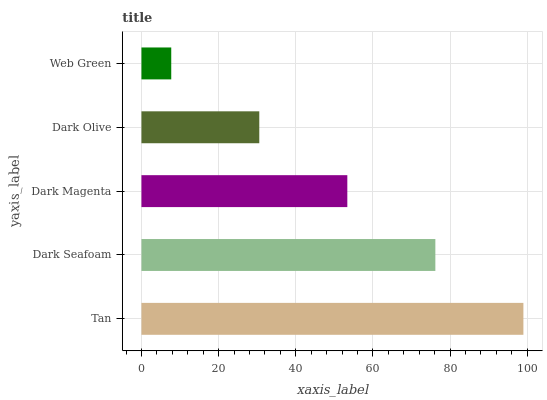
| yaxis_label | bars |
 | --- | --- |
 | Tan | 99 |
 | Dark Seafoam | 76.2 |
 | Dark Magenta | 53.4 |
 | Dark Olive | 30.5 |
 | Web Green | 7.72 |